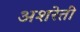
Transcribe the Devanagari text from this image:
अशरेती